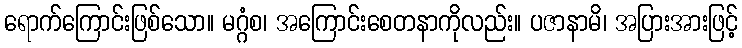
ရောက်ကြောင်းဖြစ်သော။ မဂ္ဂံစ၊ အကြောင်းစေတနာကိုလည်း။ ပဇာနာမိ၊ အပြားအားဖြင့်